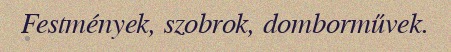
Festmények, szobrok, domborművek.